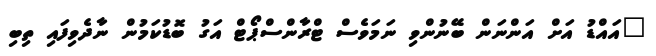
"އައްޑު އަށް އަންނަން ބޭނުންވި ނަމަވެސް ޓްރާންސްޕޯޓް އަގު ބޮޑުކަމުން ނާދެވިފައި ތިބި